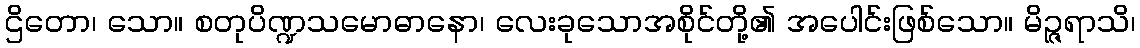
ဌိတော၊ သော။ စတုပိဏ္ဍသမောဓာနော၊ လေးခုသောအစိုင်တို့၏ အပေါင်းဖြစ်သော။ မိဉ္ဇရာသိ၊